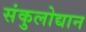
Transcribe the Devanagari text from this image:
संकुलोद्यान